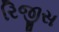
રિજીસ